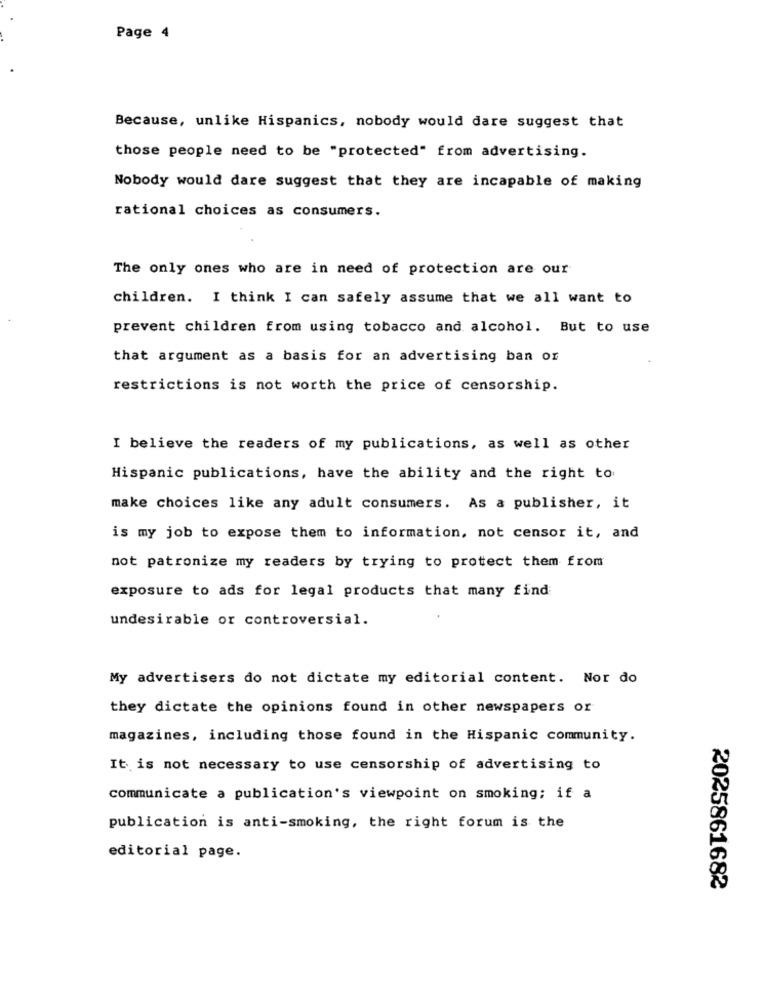
Page 4
Because, unlike Hispanics, nobody would dare suggest that
those people need to be "protected" from advertising.
Nobody would dare suggest that they are incapable of making
rational choices as consumers.
The only ones who are in need of protection are our
children. I think I can safely assume that we all want to
prevent children from using tobacco and alcohol. But to use
that argument as a basis for an advertising ban or
restrictions is not worth the price of censorship.
I believe the readers of my publications, as well as other
Hispanic publications, have the ability and the right to
make choices like any adult consumers. As a publisher, it
is my job to expose them to information, not censor it, and
not patronize my readers by trying to protect them from
exposure to ads for legal products that many find
undesirable or controversial.
My advertisers do not dictate my editorial content. Nor do
they dictate the opinions found in other newspapers or
magazines, including those found in the Hispanic community.
It is not necessary to use censorship of advertising to
communicate a publication's viewpoint on smoking; if a
publication is anti-smoking, the right forum is the
editorial page.
2025861682